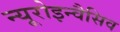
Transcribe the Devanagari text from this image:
न्यूरोइन्वैसिव